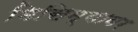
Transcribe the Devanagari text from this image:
मिसिम्यावर